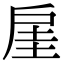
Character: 𫼋